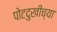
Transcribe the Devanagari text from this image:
पोटदुखीच्या